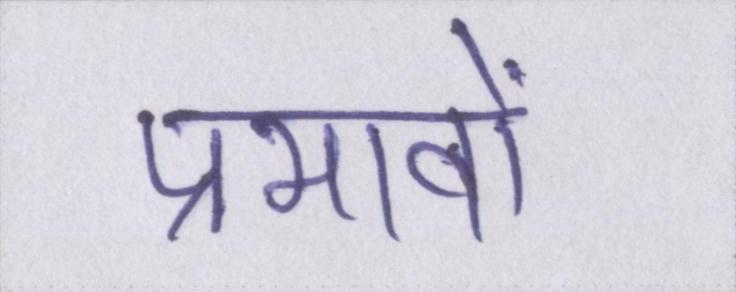
प्रभावों